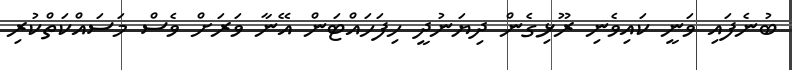
ބުނެފައި ވަނީ ކައިވެނި ރޫޅިގެން ދިޔަނުދީ ހިފަހައްޓަން އޭނާ ވަރަށް ވެސް މަސައްކަތްކުރި